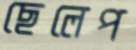
ছেলেপ